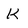
Character: K